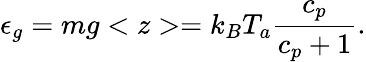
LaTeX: \epsilon_{g}=mg<z>=k_{B}T_{a}{\frac{c_{p}}{c_{p}+1}}.